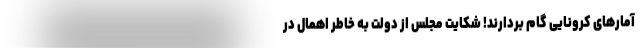
آمارهای کرونایی گام بردارند! شکایت مجلس از دولت به ‌خاطر اهمال در